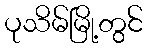
ပုသိမ်မြို့တွင်